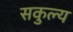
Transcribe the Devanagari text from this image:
सकुल्य